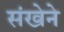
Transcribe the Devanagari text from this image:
संखेने